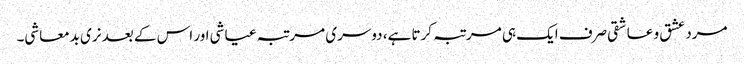
مرد عشق و عاشقی صرف ایک ہی مرتبہ کرتا ہے، دوسری مرتبہ عیاشی اور اس کے بعد نری بدمعاشی۔